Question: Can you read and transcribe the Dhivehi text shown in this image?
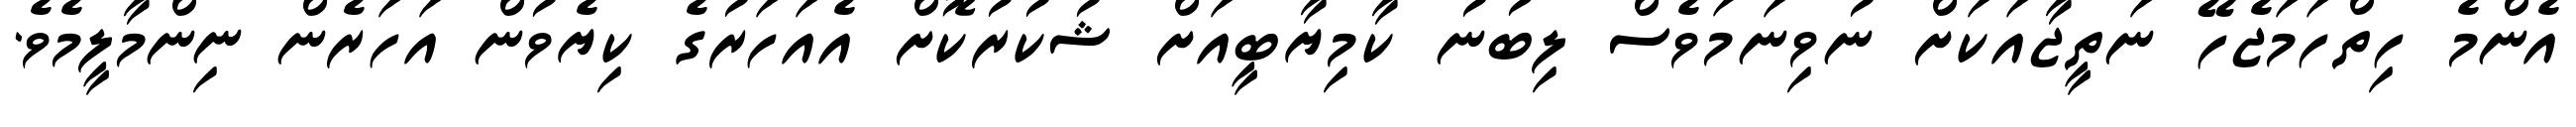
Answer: އެންމެ ހިތްހަމަޖެހޭ ނަތީޖާއަކަށް ނުވިނަމަވެސް ލިބުނު ކާމިޔާބީއަށް ޝުކުރުކޮށް އެއަހަރުގެ ކިޔެވުން އަހަރެން ނިންމާލީމެވެ.